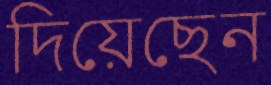
দিয়েছেন